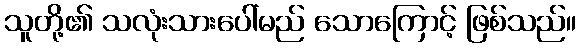
သူတို့၏ သလုံးသားပေါ်မည် သောကြောင့် ဖြစ်သည်။